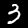
Digit: 3